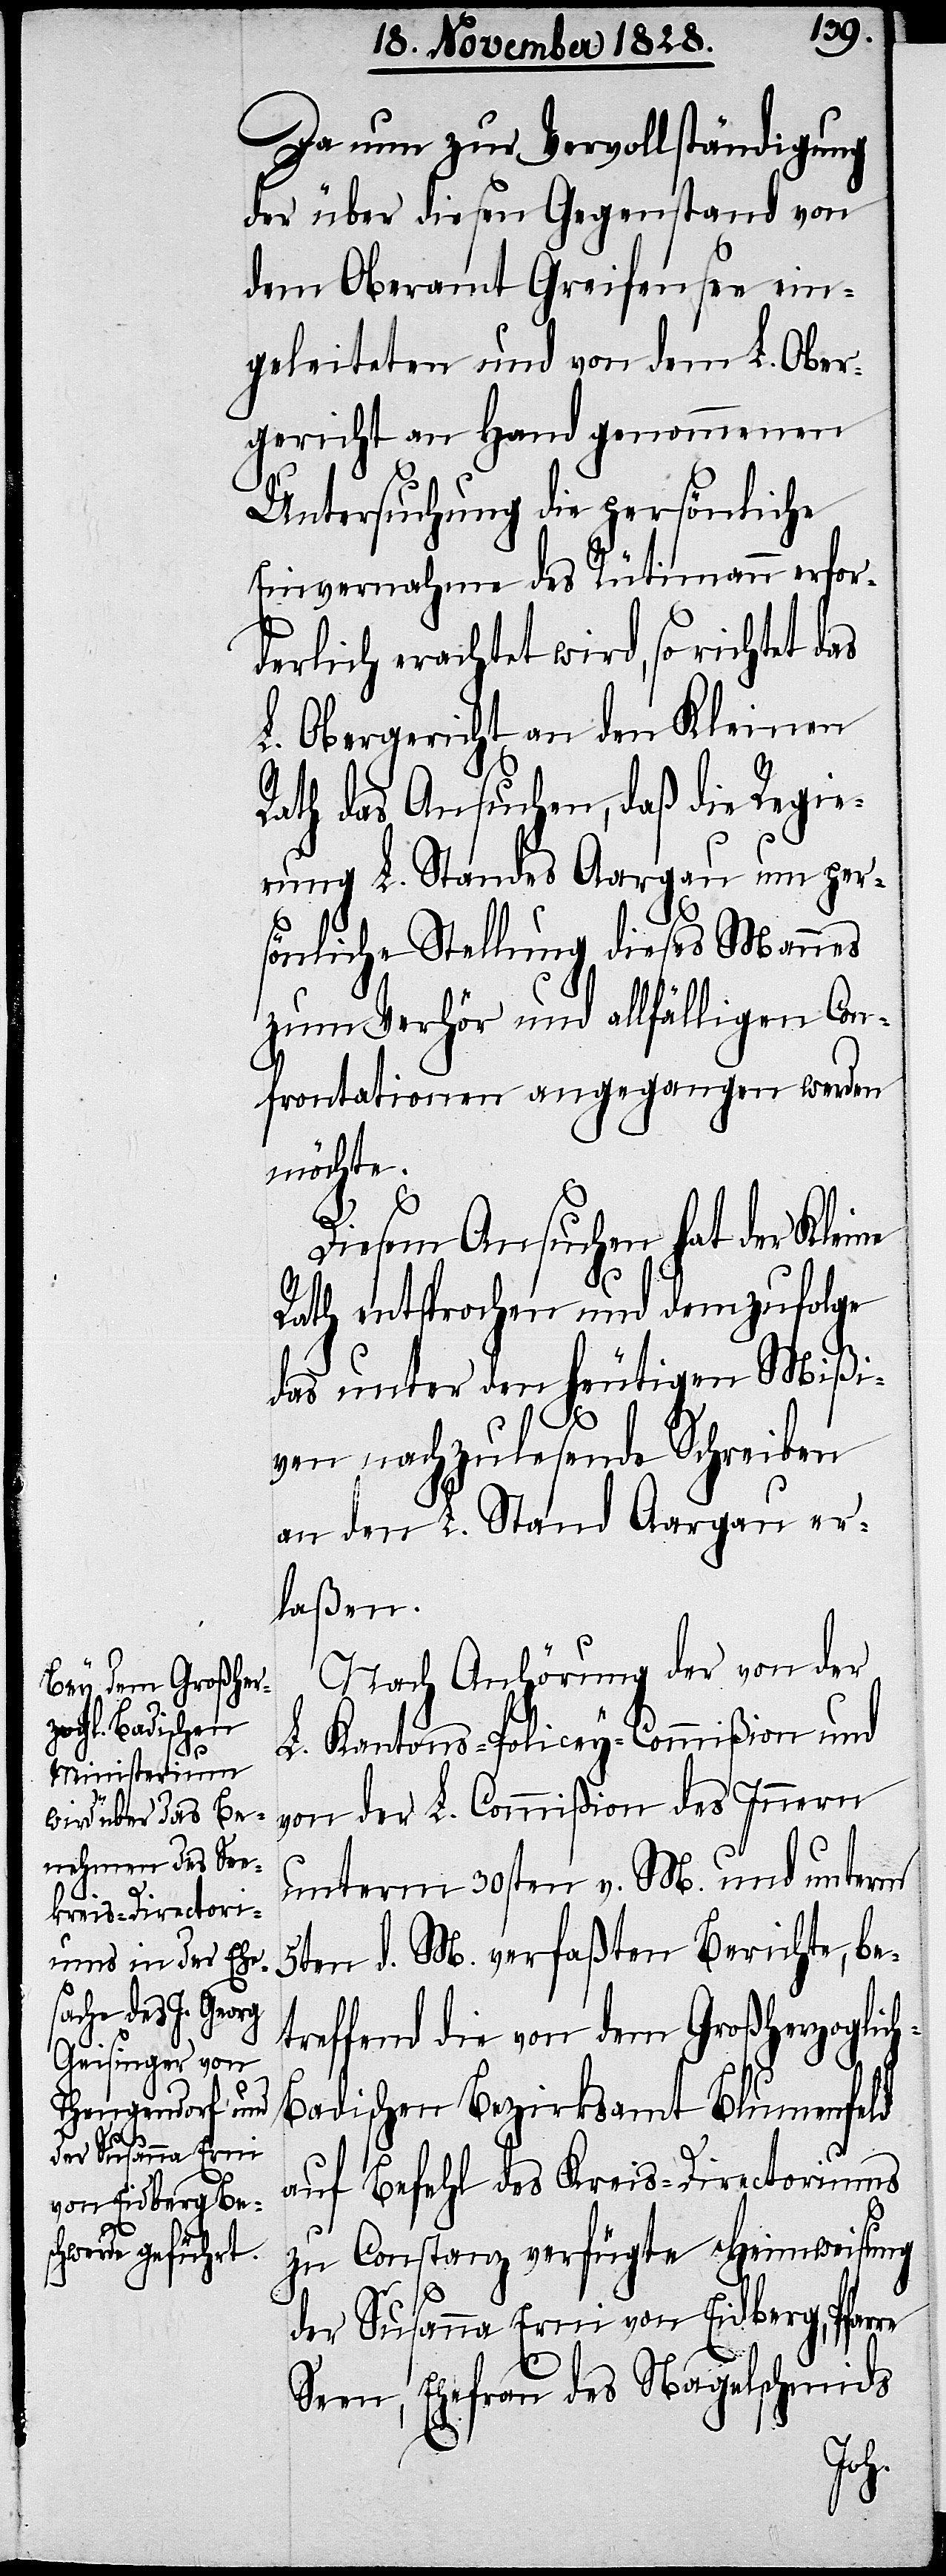
Da nun zur Vervollständigung
der über diesen Gegenstand von
dem Oberamt Greifensee ein¬
geleiteten und von dem L. Ober¬
gericht an Hand genommenen
Untersuchung die persönliche
Einvernahme des Rütimann erfor¬
derlich erachtet wird, so richtet
L. Obergericht an den Kleinen
Rath das Ansuchen, daß die Regie¬
rung L. Standes Aargau um per¬
sönliche Stellung dieses Mannes
zum Verhör und allfälligen Con¬
frontationen angegangen werden
möchte.
Diesem Ansuchen hat der Kleine
Rath entsprochen und demzufolge
das unter den heutigen Mißi¬
h-B¬
ven nachzulesende Schreiben
an den L. Stand Aargau er¬
laßen.
Nach Anhörung der von der
L. Kantons-Policey-Commißion und
von der L. Commißion des innern
unterm 30sten v. M. und unterm
5ten d. M. verfaßten Berichte, be¬
treffend die von dem Großherzoglic¬
adischen Bezirksamt Blumenfeld
auf Befehl des Kreis-Directoriums
zu Constanz verfügte Heimweisung
der Susanna Erni von Eidberg, Pfarre
Seen, Ehefrau des Nagelschmids